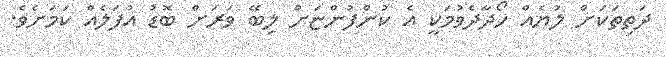
ދަތިތަކަށް ލުޔެއް ހޯދާދެވުމަކީ އެ ކުންފުންޏަށް ލިބޭ ވަރަށް ބޮޑު އުފަލެއް ކަމަށެވެ.